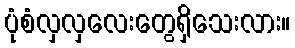
ပုံစံလှလှလေးတွေရှိသေးလား။